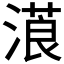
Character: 𣻡